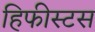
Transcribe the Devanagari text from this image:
हिफीस्टस